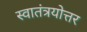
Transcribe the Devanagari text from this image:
स्वातंत्रयोत्तर